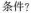
条件?